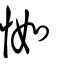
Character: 𢘾